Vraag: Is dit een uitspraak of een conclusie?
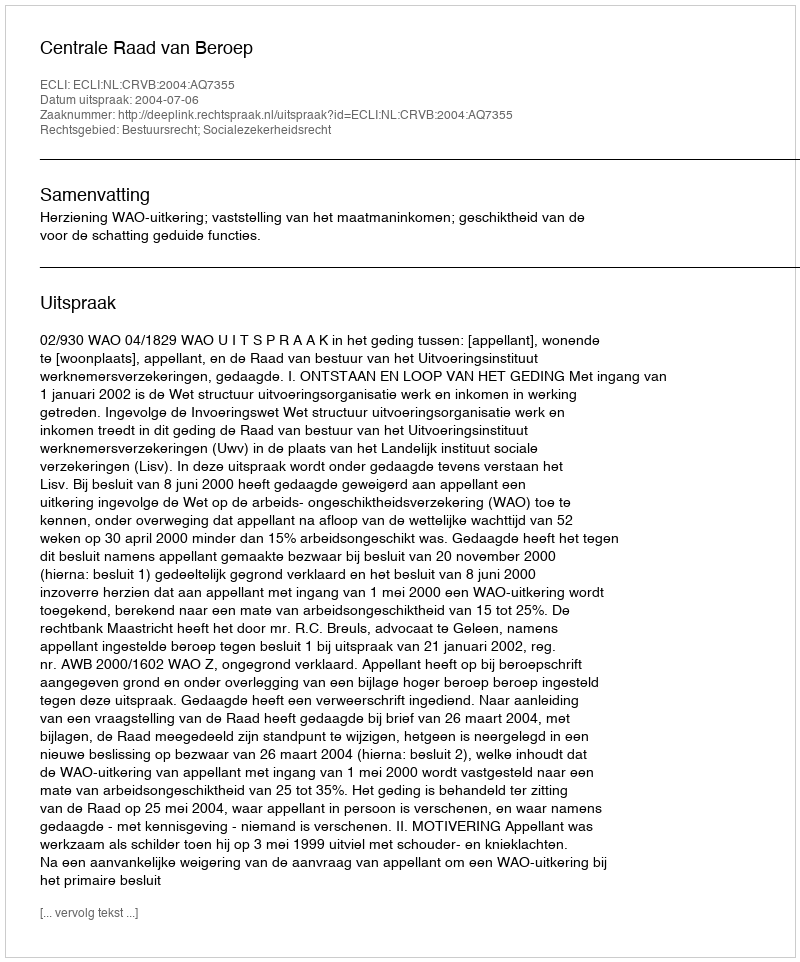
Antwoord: Uitspraak